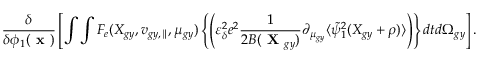
\frac { \delta } { \delta \phi _ { 1 } ( \textbf { x } ) } \left[ \int \int F _ { e } ( X _ { g y } , v _ { g y , \parallel } , \mu _ { g y } ) \left\{ \left( \varepsilon _ { \delta } ^ { 2 } e ^ { 2 } \frac { 1 } { 2 B ( \textbf { X } _ { g y } ) } \partial _ { \mu _ { g y } } \langle \tilde { \psi } _ { 1 } ^ { 2 } ( X _ { g y } + \rho ) \rangle \right) \right\} d t d \Omega _ { g y } \right] .